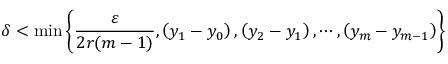
\delta < \operatorname* { m i n } \left\{ { \frac { \varepsilon } { 2 r ( m - 1 ) } } , \left( y _ { 1 } - y _ { 0 } \right) , \left( y _ { 2 } - y _ { 1 } \right) , \cdots , \left( y _ { m } - y _ { m - 1 } \right) \right\}